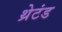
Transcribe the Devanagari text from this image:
थ्रेटंड